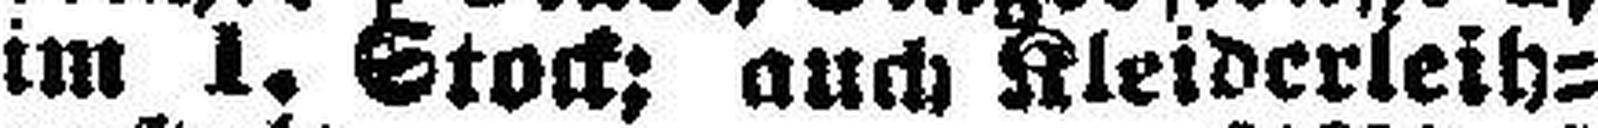
im 1. Stock; auch Kleiderleih¬